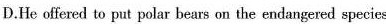
D.He offered to put polar bears on the endangered species